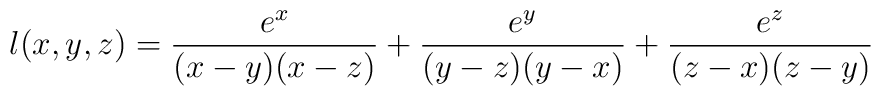
l(x,y,z)=\frac{e^x}{(x-y)(x-z)}+\frac{e^y}{(y-z)(y-x)}+\frac{e^z}{(z-x)(z-y)}